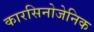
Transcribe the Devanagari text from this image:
कारसिनोजेनिक